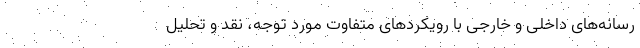
رسانه‌های داخلی و خارجی با رویکردهای متفاوت مورد توجه، نقد و تحلیل